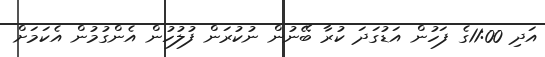
އަދި 11:00ގެ ފަހުން އަޑުގަދަ ކުރާ ބޭނުން ނުކުރަން ފުލުހުން އެންގުމުން އެކަމަށް